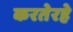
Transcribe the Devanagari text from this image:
करतेरहे